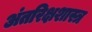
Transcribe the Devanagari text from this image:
अंतरिक्षशास्त्र